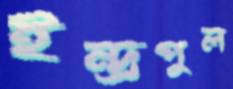
ইন্দ্রপুল